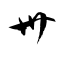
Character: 卅